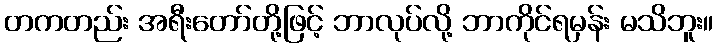
တကတည်း အရီးတော်တို့ဖြင့် ဘာလုပ်လို့ ဘာကိုင်ရမှန်း မသိဘူး။